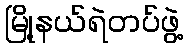
မြို့နယ်ရဲတပ်ဖွဲ့